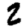
Digit: 2